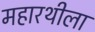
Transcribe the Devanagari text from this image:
महारथीला